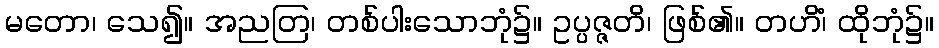
မတော၊ သေ၍။ အညတြ၊ တစ်ပါးသောဘုံ၌။ ဥပ္ပဇ္ဇတိ၊ ဖြစ်၏။ တဟိံ၊ ထိုဘုံ၌။